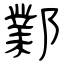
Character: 鄴